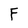
Character: F